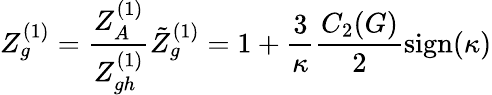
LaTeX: Z_{g}^{(1)}=\frac{Z_{A}^{(1)}}{Z_{gh}^{(1)}}\tilde{Z}_{g}^{(1)}=1+\frac{3}{\kappa}\frac{C_{2}(G)}{2}\mathrm{sign}(\kappa)